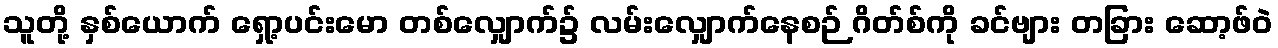
သူတို့ နှစ်ယောက် ရှော့ပင်းမော တစ်လျှောက်၌ လမ်းလျှောက်နေစဉ် ဂိတ်စ်ကို ခင်ဗျား တခြား ဆော့ဖ်ဝဲ